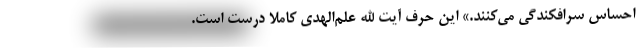
احساس سرافکندگی می‌کنند.» این حرف آیت الله علم‌الهدی کاملا درست است.